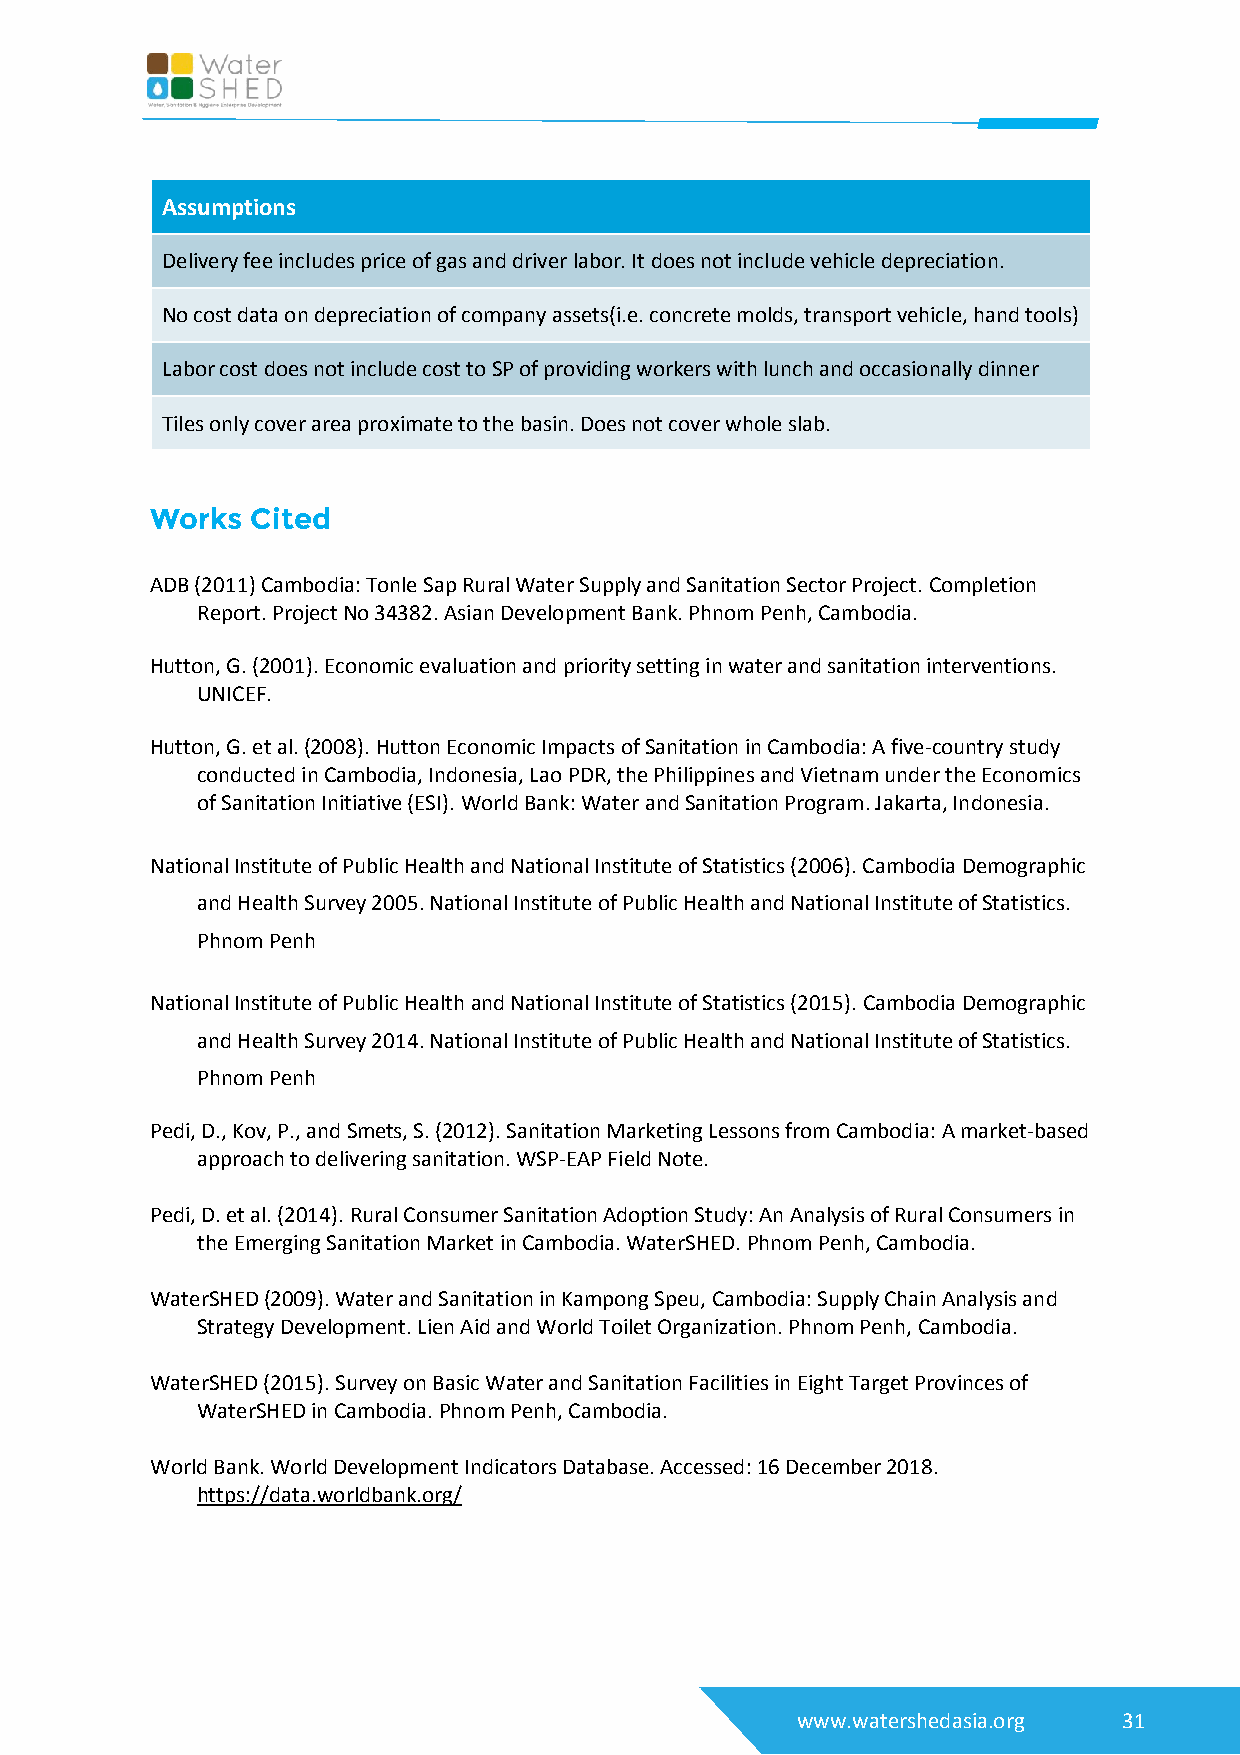
Assumptions
 Delivery fee includes price of gas and driver labor. It does not include vehicle depreciation.
 No cost data on depreciation of company assets(i.e. concrete molds, transport vehicle, hand tools)
 Labor cost does not include cost to SP of providing workers with lunch and occasionally dinner
 Tiles only cover area proximate to the basin. Does not cover whole slab.
 Works  Cited
 ADB (2011) Cambodia: Tonle Sap Rural Water Supply and Sanitation Sector Project. Completion
 Report. Project No 34382. Asian Development Bank. Phnom Penh, Cambodia.
 Hutton, G. (2001). Economic evaluation and priority setting in water and sanitation interventions.
 UNICEF.
 Hutton, G. et al. (2008). Hutton Economic Impacts of Sanitation in Cambodia: A five-country study
 conducted in Cambodia, Indonesia, Lao PDR, the Philippines and Vietnam under the Economics
 of Sanitation Initiative (ESI). World Bank: Water and Sanitation Program. Jakarta, Indonesia.
 National Institute of Public Health and National Institute of Statistics (2006). Cambodia Demographic
 and Health Survey 2005. National Institute of Public Health and National Institute of Statistics.
 Phnom Penh
 National Institute of Public Health and National Institute of Statistics (2015). Cambodia Demographic
 and Health Survey 2014. National Institute of Public Health and National Institute of Statistics.
 Phnom Penh
 Pedi, D., Kov, P., and Smets, S. (2012). Sanitation Marketing Lessons from Cambodia: A market-based
 approach to delivering sanitation. WSP-EAP Field Note.
 Pedi, D. et al. (2014). Rural Consumer Sanitation Adoption Study: An Analysis of Rural Consumers in
 the Emerging Sanitation Market in Cambodia. WaterSHED. Phnom Penh, Cambodia.
 WaterSHED (2009). Water and Sanitation in Kampong Speu, Cambodia: Supply Chain Analysis and
 Strategy Development. Lien Aid and World Toilet Organization. Phnom Penh, Cambodia.
 WaterSHED (2015). Survey on Basic Water and Sanitation Facilities in Eight Target Provinces of
 WaterSHED in Cambodia. Phnom Penh, Cambodia.
 World Bank. World Development Indicators Database. Accessed: 16 December 2018.
 https://data.worldbank.org/
 www.watershedasia.org 31